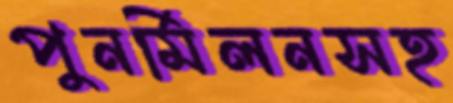
পুনর্মিলনসহ